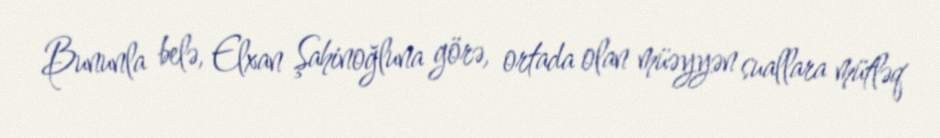
Bununla belə, Elxan Şahinoğluna görə, ortada olan müəyyən suallara mütləq